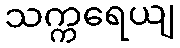
သက္ကရေယျ